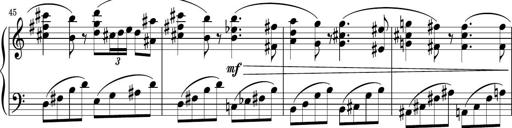
Title: Sonatina PandemÃ³nium
Composer: VÃ­ctor Carbajo
Key: C major